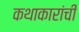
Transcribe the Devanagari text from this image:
कथाकारांची